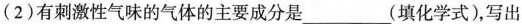
(2)有刺激性气味的气体的主要成分是___(填化学式)，写出